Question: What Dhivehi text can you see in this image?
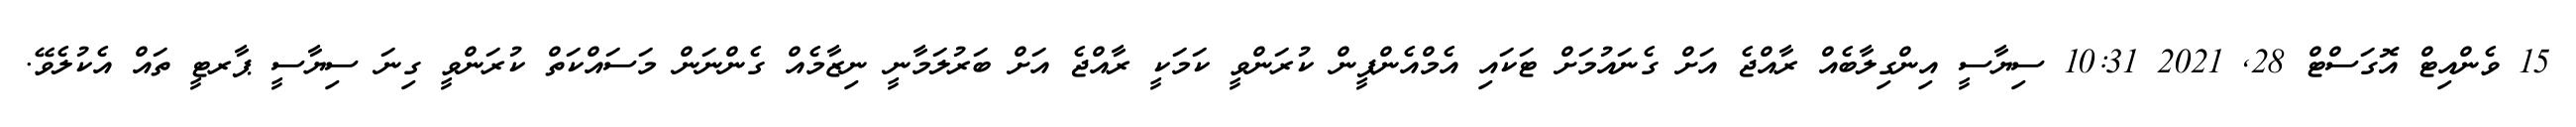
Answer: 15 ވެންއިޓް އޮގަސްޓް 28, 2021 10:31 ސިޔާސީ އިންގިލާބެއް ރާއްޖެ އަށް ގެނައުމަށް ޓަކައި އެމްއެންޕީން ކުރަންވީ ކަމަކީ ރާއްޖެ އަށް ބަރުލަމާނީ ނިޒާމެއް ގެންނަން މަސައްކަތް ކުރަންވީ ގިނަ ސިޔާސީ ޕާރޓީ ތައް އެކުލެވޭ.